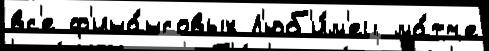
вс'е ф'ина́нсовых Л'юб'и́м'ец ма́тче